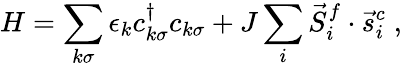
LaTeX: H=\sum_{k\sigma}\epsilon_{k}c_{k\sigma}^{\dagger}c_{k\sigma}+J\sum_{i}\vec{S}_{i}^{f}\cdot\vec{s}_{i}^{c}\; ,